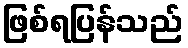
ဖြစ်ရပြန်သည်